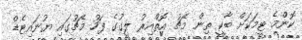
ކޮންމެ ޓީމަކަށް ބާކީ ތިން މެޗު އޮތްއިރު ލީގުގެ ފަހު މެޗުގައި ޔުނައިޓެޑް